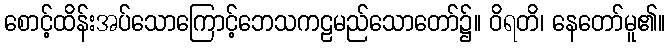
စောင့်ထိန်းအပ်သောကြောင့်ဘေသကဠမည်သောတော်၌။ ဝိရတိ၊ နေတော်မူ၏။